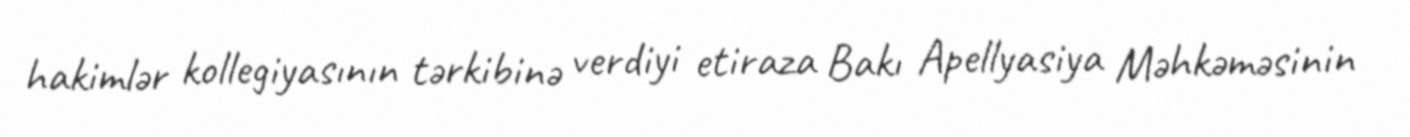
hakimlər kollegiyasının tərkibinə verdiyi etiraza Bakı Apellyasiya Məhkəməsinin